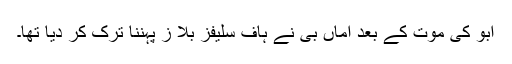
ابو کی موت کے بعد اماں بی نے ہاف سلیفز بلا ز پہننا ترک کر دیا تھا۔